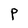
Character: P